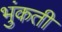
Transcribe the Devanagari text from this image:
भुंकती